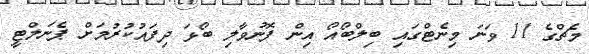
މެޗްގެ 11 ވަނަ މިނެޓްގައި ބިލްބޯއޯ އިން ފޮނުވާލި ބޯޅަ ދިފައުކުރުމަށް ޕެނަލްޓީ